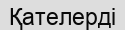
Қателерді